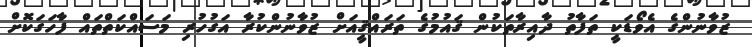
ޒުވާނުންގެ އެވޯޑަކީ ތަފާތު ދާއިރާތަކުން ޤައުމުގެ ތަރައްޤީއަށް ޒުވާނުންކުރާ އަގުހުރި މަސައްކަތްތައް ފާހަގަކޮށް